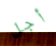
أجل